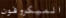
الميكروفون